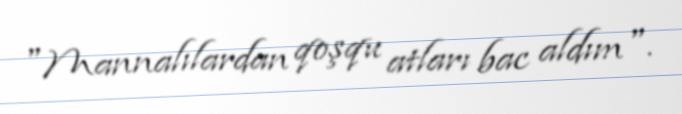
"Mannalılardan qoşqu atları bac aldım".